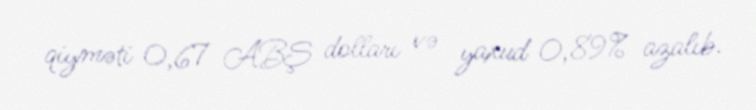
qiyməti 0,67 ABŞ dolları və yaxud 0,89% azalıb.